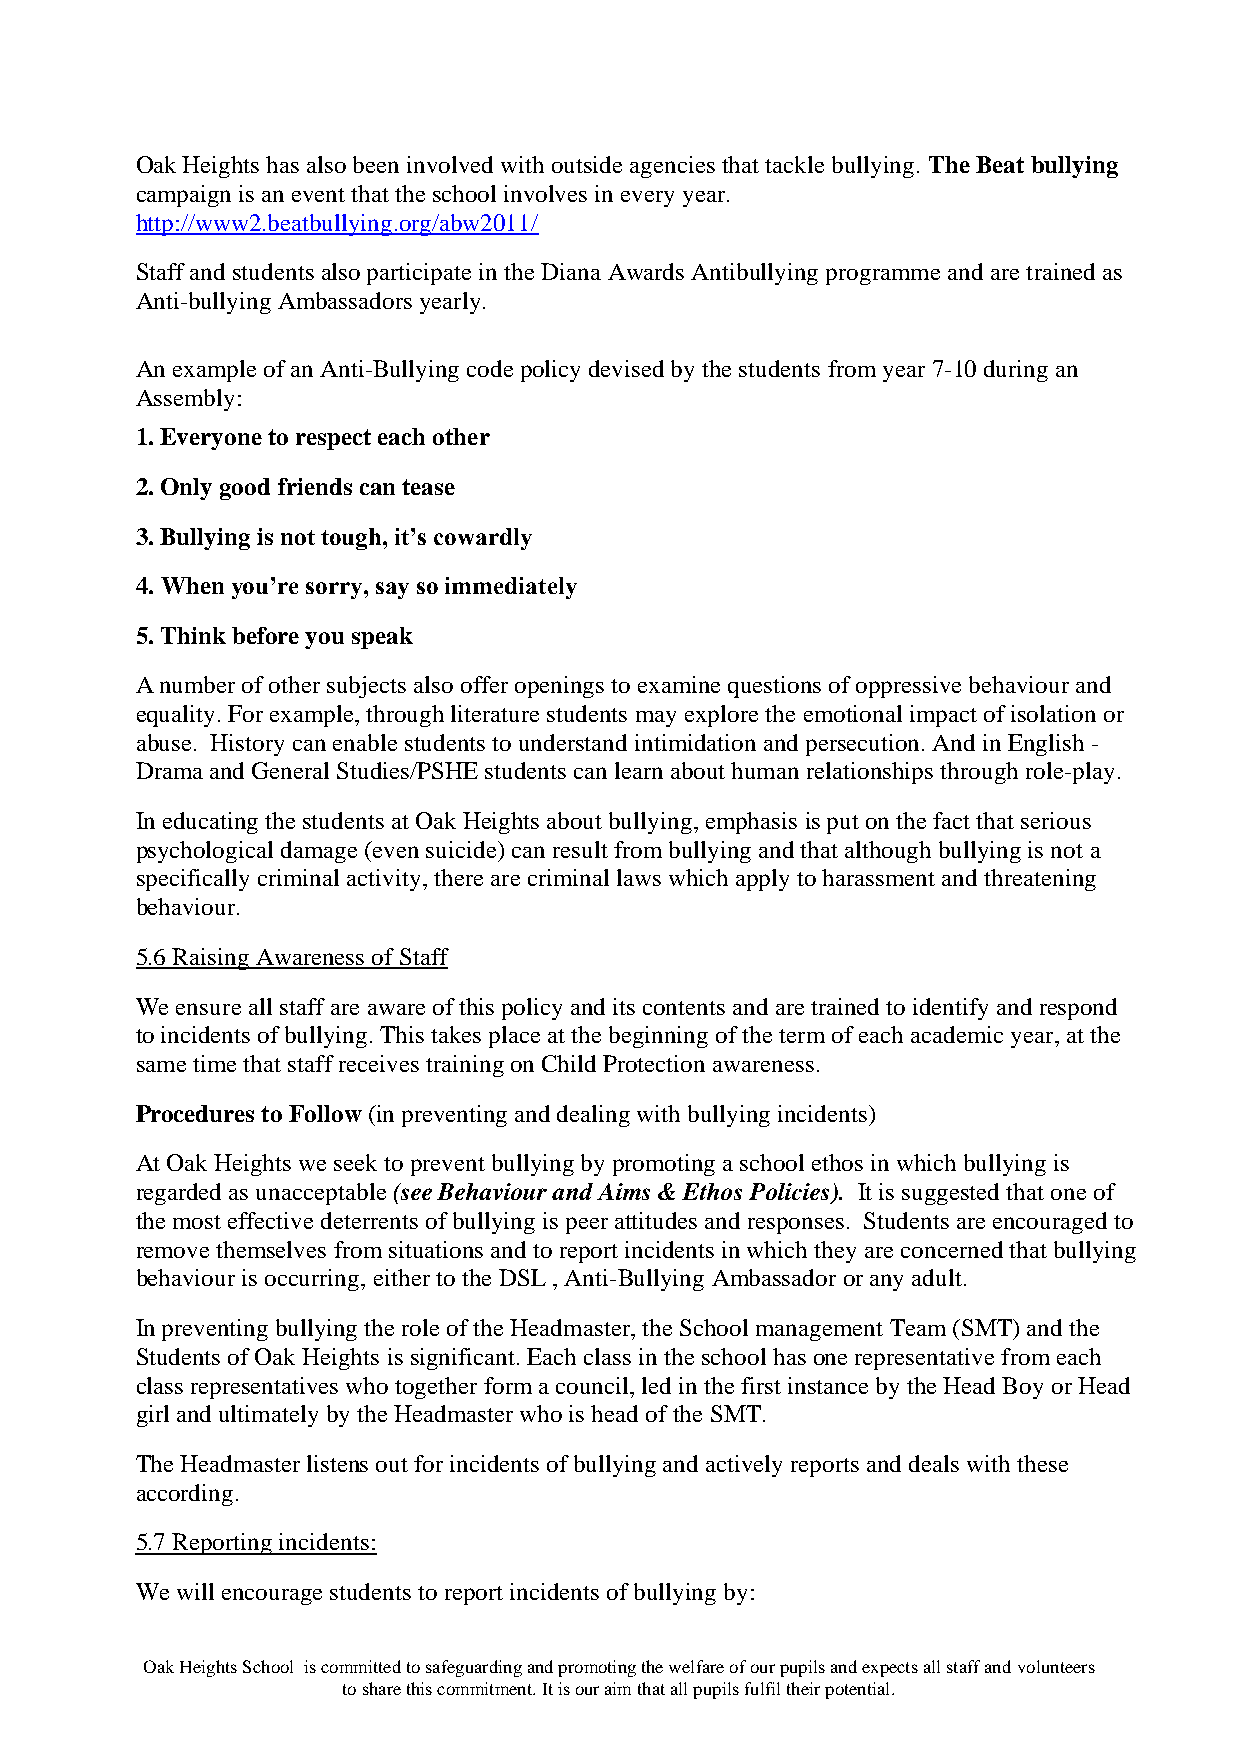
Oak Heights has also been involved with outside agencies that tackle bullying. The Beat bullying
 campaign is an event that the school involves in every year.
 http://www2.beatbullying.org/abw2011/
 Staff and students also participate in the Diana Awards Antibullying programme and are trained as
 Anti-bullying Ambassadors yearly.
 An example of an Anti-Bullying code policy devised by the students from year 7-10 during an
 Assembly:
 1. Everyone to respect each other
 2. Only good friends can tease
 3. Bullying is not tough, it’s cowardly
 4. When you’re sorry, say so immediately
 5. Think before you speak
 A number of other subjects also offer openings to examine questions of oppressive behaviour and
 equality. For example, through literature students may explore the emotional impact of isolation or
 abuse. History can enable students to understand intimidation and persecution. And in English -
 Drama and General Studies/PSHE students can learn about human relationships through role-play.
 In educating the students at Oak Heights about bullying, emphasis is put on the fact that serious
 psychological damage (even suicide) can result from bullying and that although bullying is not a
 specifically criminal activity, there are criminal laws which apply to harassment and threatening
 behaviour.
 5.6 Raising Awareness of Staff
 We ensure all staff are aware of this policy and its contents and are trained to identify and respond
 to incidents of bullying. This takes place at the beginning of the term of each academic year, at the
 same time that staff receives training on Child Protection awareness.
 Procedures to Follow (in preventing and dealing with bullying incidents)
 At Oak Heights we seek to prevent bullying by promoting a school ethos in which bullying is
 regarded as unacceptable (see Behaviour and Aims & Ethos Policies). It is suggested that one of
 the most effective deterrents of bullying is peer attitudes and responses. Students are encouraged to
 remove themselves from situations and to report incidents in which they are concerned that bullying
 behaviour is occurring, either to the DSL , Anti-Bullying Ambassador or any adult.
 In preventing bullying the role of the Headmaster, the School management Team (SMT) and the
 Students of Oak Heights is significant. Each class in the school has one representative from each
 class representatives who together form a council, led in the first instance by the Head Boy or Head
 girl and ultimately by the Headmaster who is head of the SMT.
 The Headmaster listens out for incidents of bullying and actively reports and deals with these
 according.
 5.7 Reporting incidents:
 We will encourage students to report incidents of bullying by:
 Oak Heights School is committed to safeguarding and promoting the welfare of our pupils and expects all staff and volunteers
 to share this commitment. It is our aim that all pupils fulfil their potential.